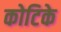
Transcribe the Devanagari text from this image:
कोटिके